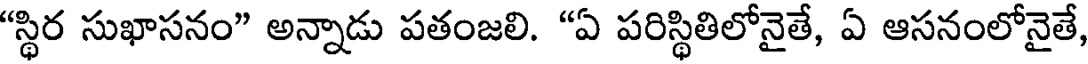
"స్థిర సుఖాసనం" అన్నాడు పతంజలి. "ఏ పరిస్థితిలోనైతే, ఏ ఆసనంలోనైతే,